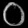
Digit: ၀